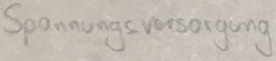
Text: Spannungsversorgung